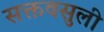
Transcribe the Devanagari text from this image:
सक्तवसुली